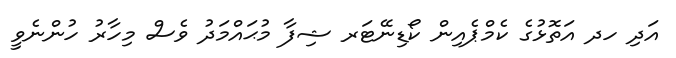
އަދި ހދ އަތޮޅުގެ ކެމްޕެއިން ކޯޑިނޭޓަރ ޝިފާ މުޙައްމަދު ވެސް މިހާރު ހުންނެވީ